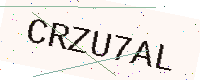
Text: CRZU7AL